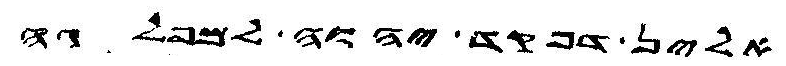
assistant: אלין דפקד יהוה למפלגה